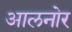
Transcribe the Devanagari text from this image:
आलनोर